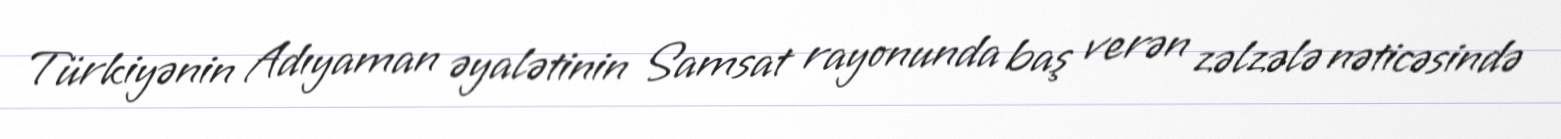
Türkiyənin Adıyaman əyalətinin Samsat rayonunda baş verən zəlzələ nəticəsində